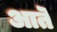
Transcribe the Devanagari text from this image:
आतॆ